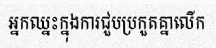
អ្នកឈ្នះក្នុងការជួបប្រកួតគ្នាលើក